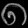
Digit: ၈